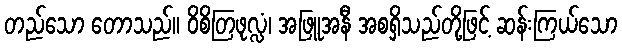
တည်သော တောသည်။ ဝိစိတြဖုလ္လံ၊ အဖြူအနီ အစရှိသည်တို့ဖြင့် ဆန်းကြယ်သော